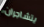
يتشاجران